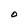
Character: O